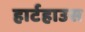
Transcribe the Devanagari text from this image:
हार्टहाउस